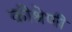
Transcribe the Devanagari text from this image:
कीश्रेणी